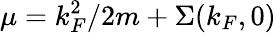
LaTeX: \mu=k_{F}^{2}/2m+\Sigma(k_{F},0)